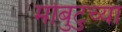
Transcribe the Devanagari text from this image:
मोबुटुच्या